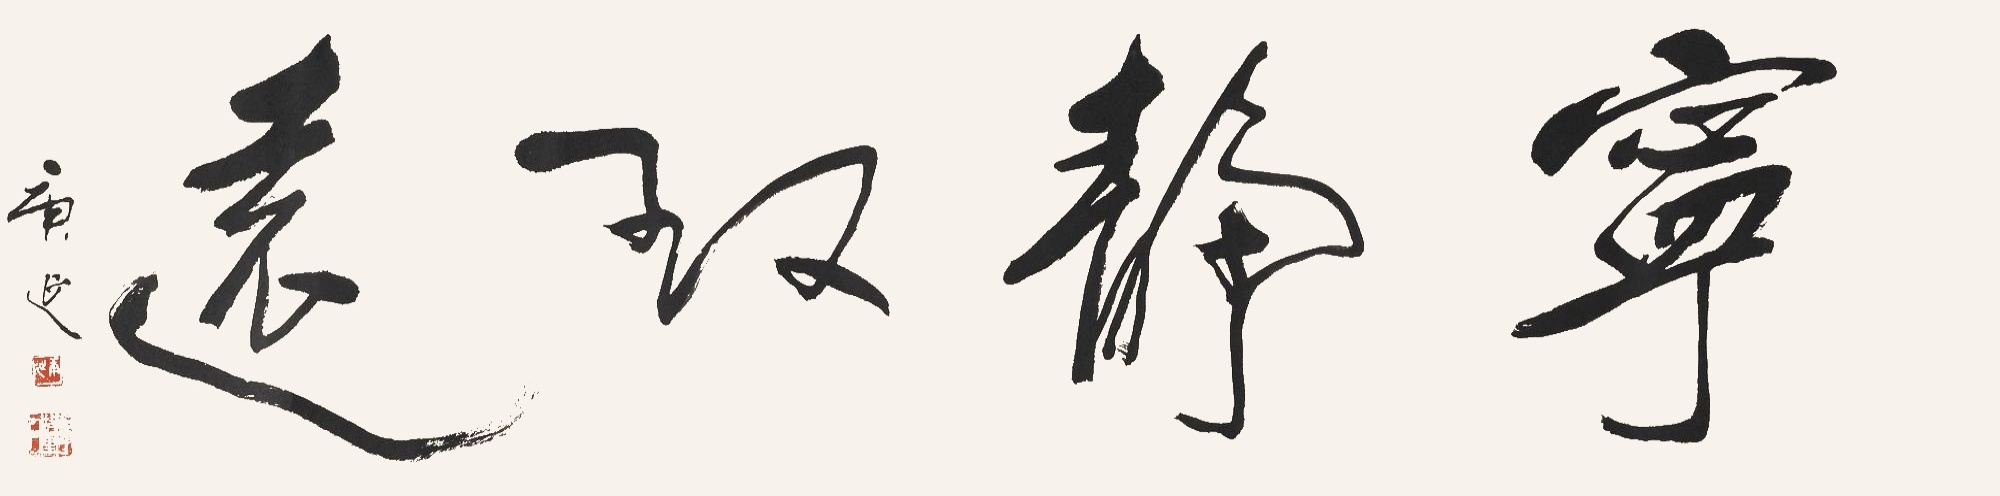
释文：宁静致远庚延。